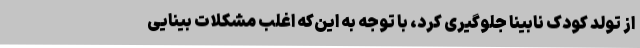
از تولد کودک نابینا جلوگیری کرد، با توجه به این‌که اغلب مشکلات بینایی